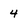
Character: 4